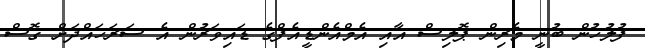
ފުލުހުން ބުނީ މެރިން ޕޮލިސް އާއި އެމްއެންޑީއެފްގެ ޑައިވަރުން އެ ސަރަހައްދަށް ގޮސް